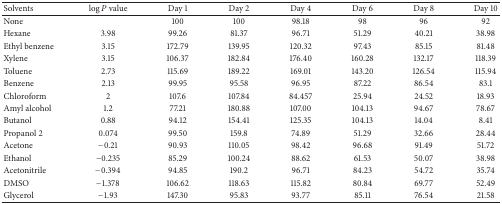
<table><thead><tr><td><b>Solvents</b></td><td><b>log⁡<i>P</i> value</b></td><td><b>Day 1</b></td><td><b>Day 2</b></td><td><b>Day 4</b></td><td><b>Day 6</b></td><td><b>Day 8</b></td><td><b>Day 10</b></td></tr></thead><tbody><tr><td>None</td><td> </td><td>100</td><td>100</td><td>98.18</td><td>98</td><td>96</td><td>92</td></tr><tr><td>Hexane</td><td>3.98</td><td>99.26</td><td>81.37</td><td>96.71</td><td>51.29</td><td>40.21</td><td>38.98</td></tr><tr><td>Ethyl benzene</td><td>3.15</td><td>172.79</td><td>139.95</td><td>120.32</td><td>97.43</td><td>85.15</td><td>81.48</td></tr><tr><td>Xylene</td><td>3.15</td><td>106.37</td><td>182.84</td><td>176.40</td><td>160.28</td><td>132.17</td><td>118.39</td></tr><tr><td>Toluene</td><td>2.73</td><td>115.69</td><td>189.22</td><td>169.01</td><td>143.20</td><td>126.54</td><td>115.94</td></tr><tr><td>Benzene</td><td>2.13</td><td>99.95</td><td>95.58</td><td>96.95</td><td>87.22</td><td>86.54</td><td>83.1</td></tr><tr><td>Chloroform</td><td>2</td><td>107.6</td><td>107.84</td><td>84.457</td><td>25.94</td><td>24.52</td><td>18.93</td></tr><tr><td>Amyl alcohol</td><td>1.2</td><td>77.21</td><td>180.88</td><td>107.00</td><td>104.13</td><td>94.67</td><td>78.67</td></tr><tr><td>Butanol</td><td>0.88</td><td>94.12</td><td>154.41</td><td>125.35</td><td>104.13</td><td>14.04</td><td>8.41</td></tr><tr><td>Propanol 2</td><td>0.074</td><td>99.50</td><td>159.8</td><td>74.89</td><td>51.29</td><td>32.66</td><td>28.44</td></tr><tr><td>Acetone</td><td>−0.21</td><td>90.93</td><td>110.05</td><td>98.42</td><td>96.68</td><td>91.49</td><td>51.72</td></tr><tr><td>Ethanol</td><td>−0.235</td><td>85.29</td><td>100.24</td><td>88.62</td><td>61.53</td><td>50.07</td><td>38.98</td></tr><tr><td>Acetonitrile</td><td>−0.394</td><td>94.85</td><td>190.2</td><td>96.71</td><td>84.23</td><td>54.72</td><td>35.74</td></tr><tr><td>DMSO</td><td>−1.378</td><td>106.62</td><td>118.63</td><td>115.82</td><td>80.84</td><td>69.77</td><td>52.49</td></tr><tr><td>Glycerol</td><td>−1.93</td><td>147.30</td><td>95.83</td><td>93.77</td><td>85.11</td><td>76.54</td><td>21.58</td></tr></tbody></table>